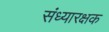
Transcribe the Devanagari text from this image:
संध्यारक्षक